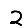
Digit: 2